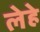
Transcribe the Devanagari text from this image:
लेहे